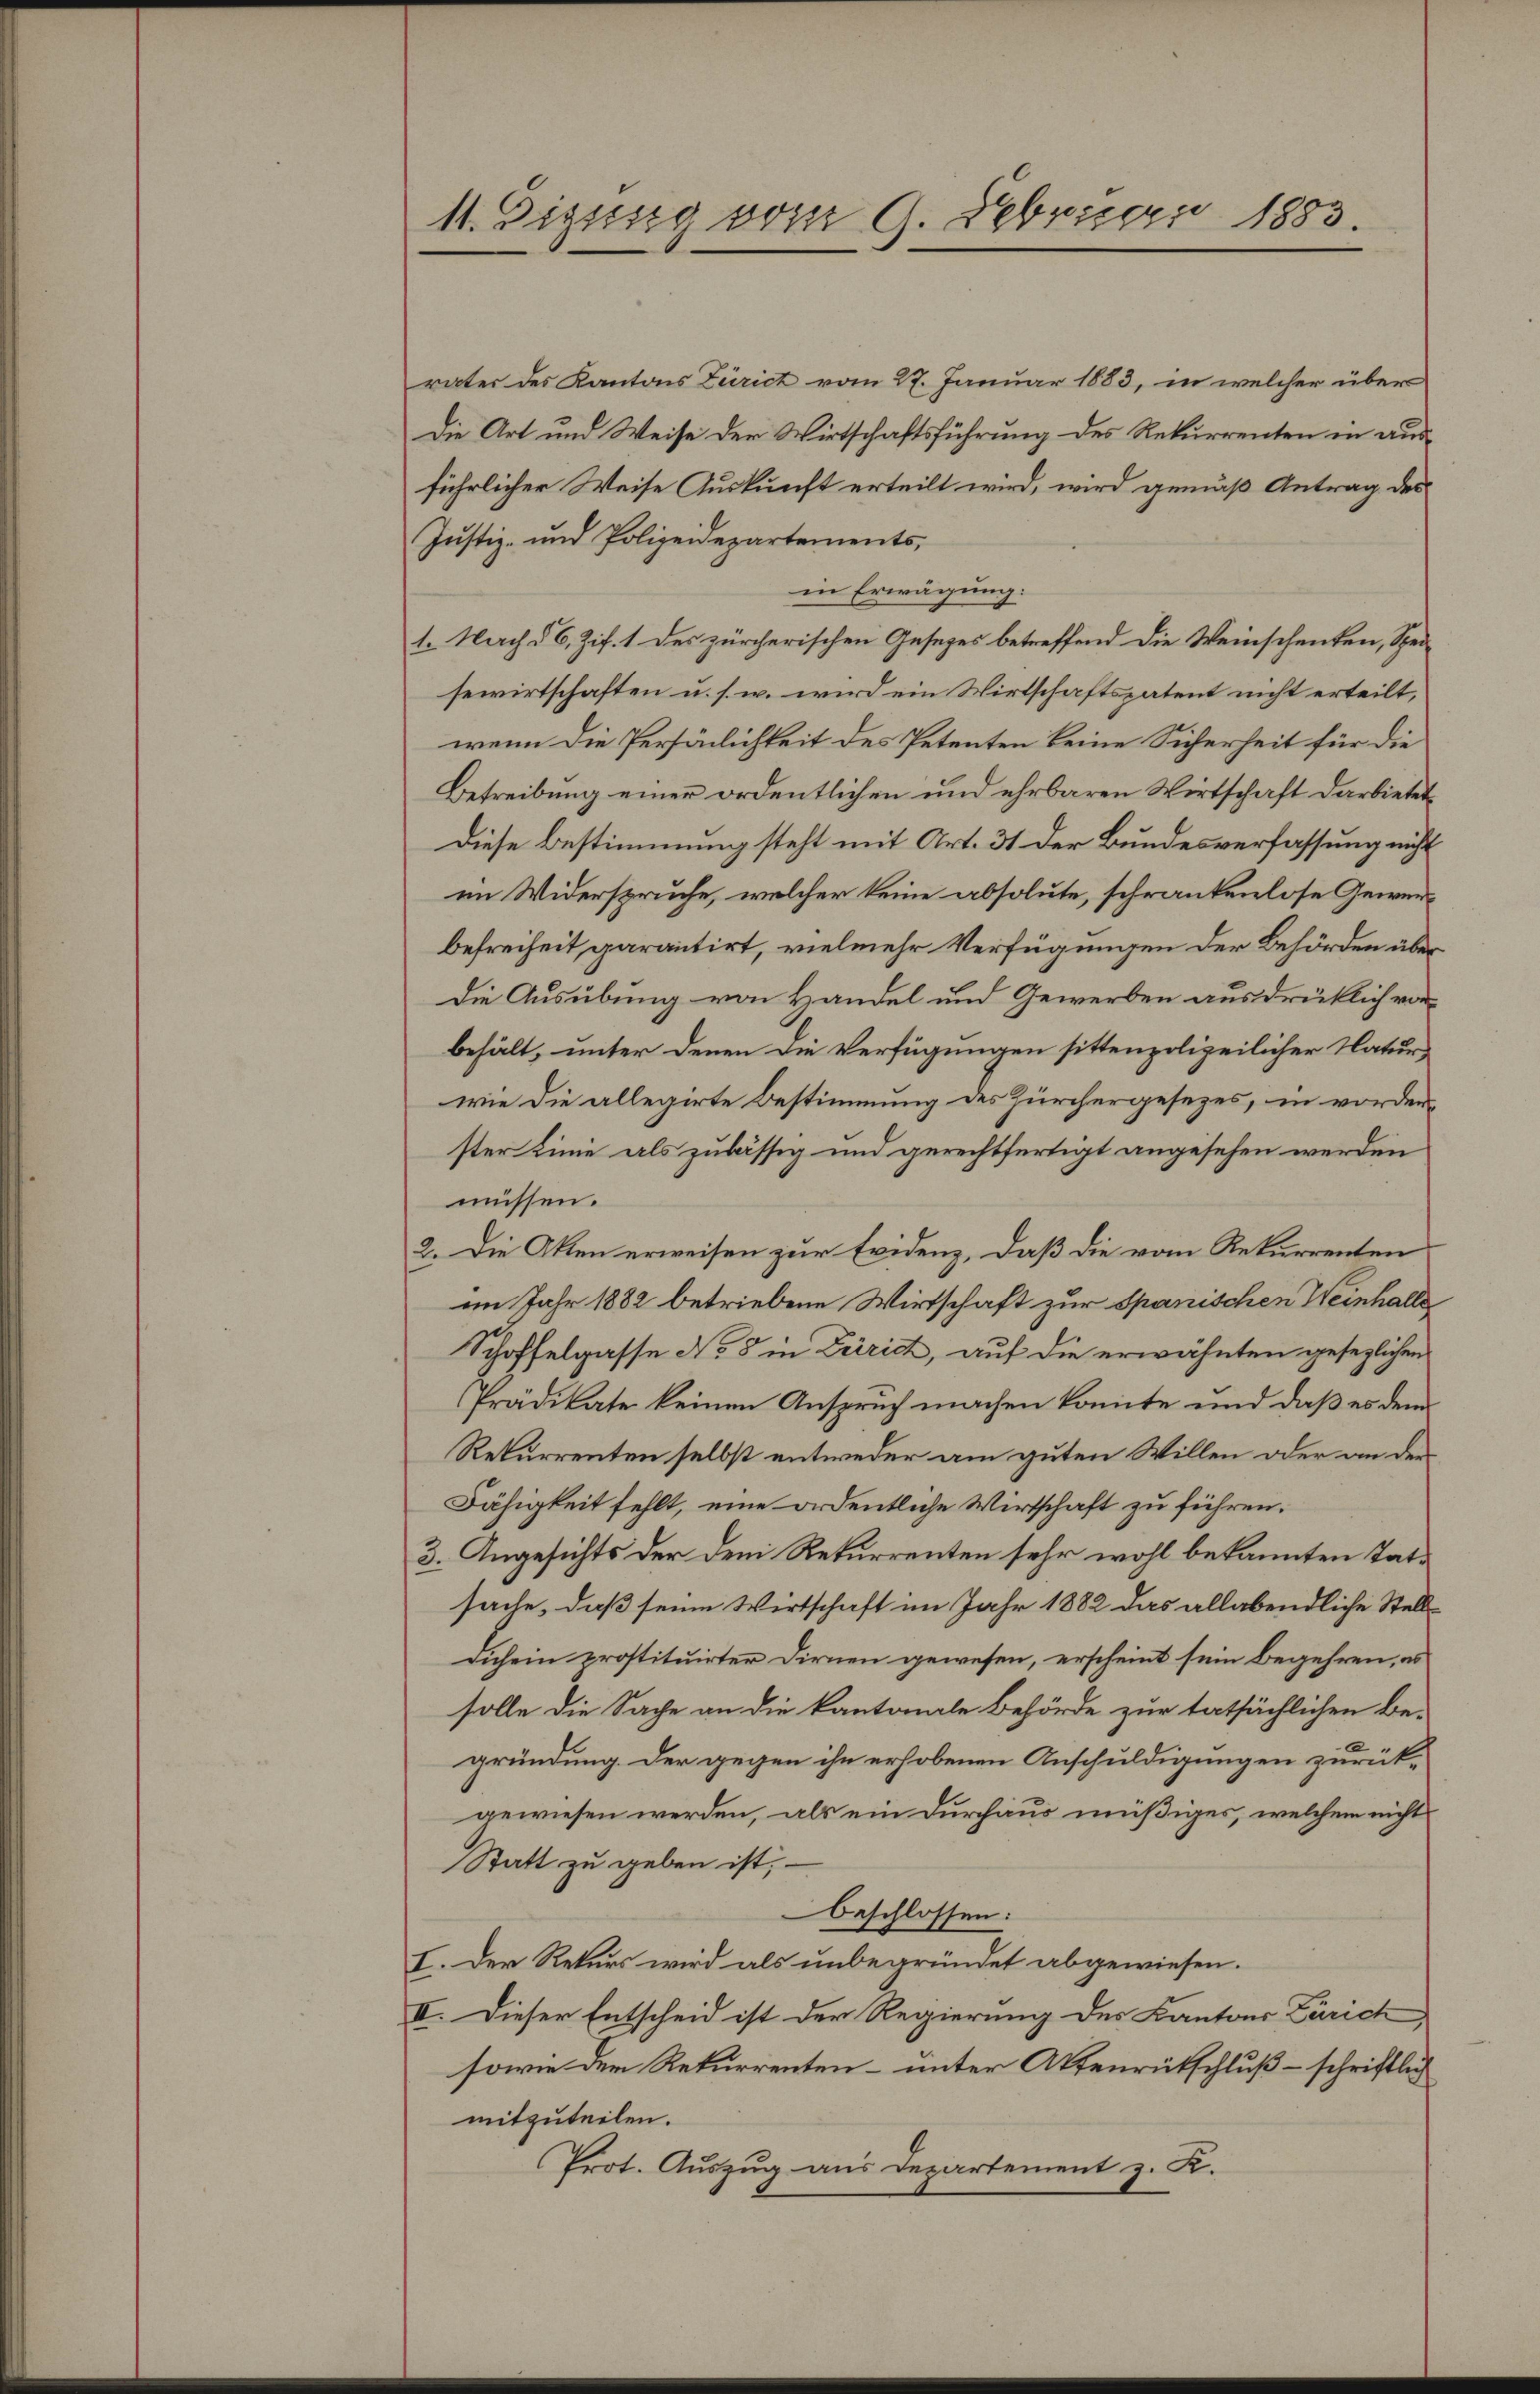
11. Diesig vom 9. Februar 1883.

vater des Kantons Zürich vom 27. Januar 1883, in welcher über
Die Art und Weise der Wirtschaftsführung des Rekurrenten in ausführlicher Weise Auskunft erteilt wird, wird gemäß Antrag des
Justiz- und Polizeidepartements,
in Erwägung:
1. Nach § 6, Zif. 1 des zürcherischen Gesetzes betreffend die Weinschenken, Spersewirtschaften u. s. w. wird ein Wirtschaftspatent nicht erteilt,
wenn die Persönlichkeit des Petenten keine Sicherheit für die
Betreibung einer ordentlichen und ehrbaren Wirtschaft darbietet
Diese Bestimmung steht mit Art. 31 der Bundesverfassung nicht
im Widerspruche, welcher keine absolute, schränkenlose Gewerbefreiheit, garantirt, vielmehr Verfügungen der Behörden über
Die Ausübung von Handel und Gewerben ausdrücklich vorbehält, unter denen die Verfügungen sittenpolizeilicher Natur
wie die allegirte Bestimmung des Zürchergesezes, in vorderster Linie als zulässig und gerechtfertigt angesehen werden
müssen.
2. Die Akten erweisen zur Evidenz, daß die vom Rekurrenten
im Jahr 1882 betriebene Wirtschaft zur Spanischen Weinhalle
Schoffelgasse No 8 in Zürich, auf die erwähnten gesezlichen
Prädikate keinen Anspruch machen konnte und daß es dem
Rekurrenten selbst entweder am guten Willen oder an der
Fähigkeit fehlt, eine ordentliche Wirtschaft zu führen.
3. Angesichts der dem Rekurrenten sehr wohl bekannten Tatsache, daß seine Wirtschaft im Jahr 1882 das allabendliche Stell¬
Dich ein prostituirter Dirnen gewesen, erscheint sein begehren, es
solle die Sache an die kantonale Behörde zur tatsächlichen Be-
gründung. Der gegen ihn erhobenen Anschuldigungen zurück-
gewiesen werden, als ein Durchaus müßiges, welchem nicht
Statt zu geben ist,
beschlossen:
I. Der Rekurs wird als unbegründet abgewiesen.
II. Dieser Entscheid ist der Regierung des Kantons Zürich,
sowie dem Rekurrenten – unter Aktenrütschluß – schriftlich
mitzuteilen.
Prot. Auszug aus Departement z. K.